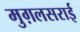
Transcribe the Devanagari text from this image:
मुग़लसराई